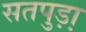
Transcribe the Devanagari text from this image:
सतपुड़ा़